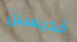
قديسين